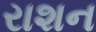
રાશન